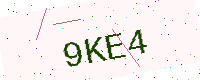
Text: 9KE4